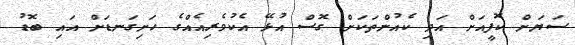
ސަޔަށް ކޮފީއަށް އަދި ކެއުންތަކަށް ގޮސް އުޅޭ އެކުވެރިއެއްގެ ހަށިގަނޑަށް އައި ބޮޑު